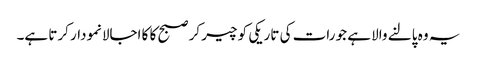
یہ وہ پالنے والا ہے جو رات کی تاریکی کو چیر کر صبح کا کا اجالانمودار کرتا ہے۔